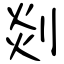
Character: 剡